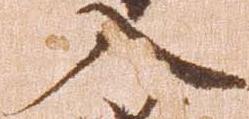
入